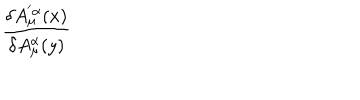
LaTeX: \frac { \delta A _ { \mu } ^ { ' \alpha } ( x ) } { \delta A _ { \mu } ^ { \alpha } ( y ) }